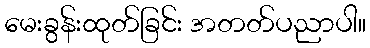
မေးခွန်းထုတ်ခြင်း အတတ်ပညာပါ။